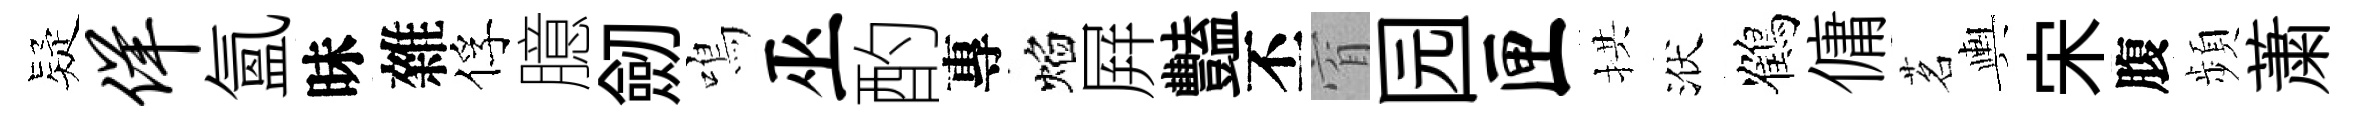
疑佯氳昧雜俘臆劒鳴巫酌專焰屛豔丕窅园匣拱洑鶴傭茗輿宋腹頻䔥